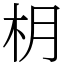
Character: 枂